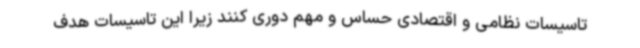
تاسیسات نظامی و اقتصادی حساس و مهم دوری کنند زیرا این تاسیسات هدف